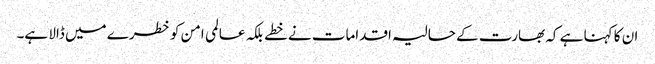
ان کا کہنا ہے کہ بھارت کے حالیہ اقدامات نے خطے بلکہ عالمی امن کو خطرے میں ڈالا ہے۔